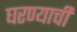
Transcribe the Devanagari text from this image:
घरण्याची